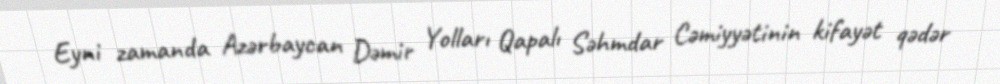
Eyni zamanda Azərbaycan Dəmir Yolları Qapalı Səhmdar Cəmiyyətinin kifayət qədər